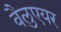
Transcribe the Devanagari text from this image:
वैलुएयर